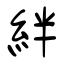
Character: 絆